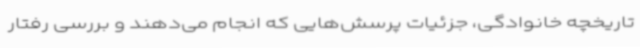
تاریخچه خانوادگی، جزئیات پرسش‌هایی که انجام می‌دهند و بررسی رفتار